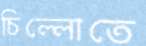
চিল্লোতে